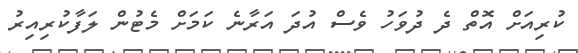
ކުރިއަށް އޮތް ދެ ދުވަހު ވެސް އުދަ އަރާނެ ކަމަށް މެޓުން ލަފާކުރިއިރު